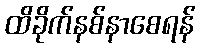
ထိခိုက်နစ်နာစေရန်